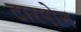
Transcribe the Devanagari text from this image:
टारपोन